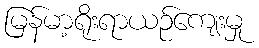
မြန်မာ့ရိုးရာယဉ်ကျေးမှု